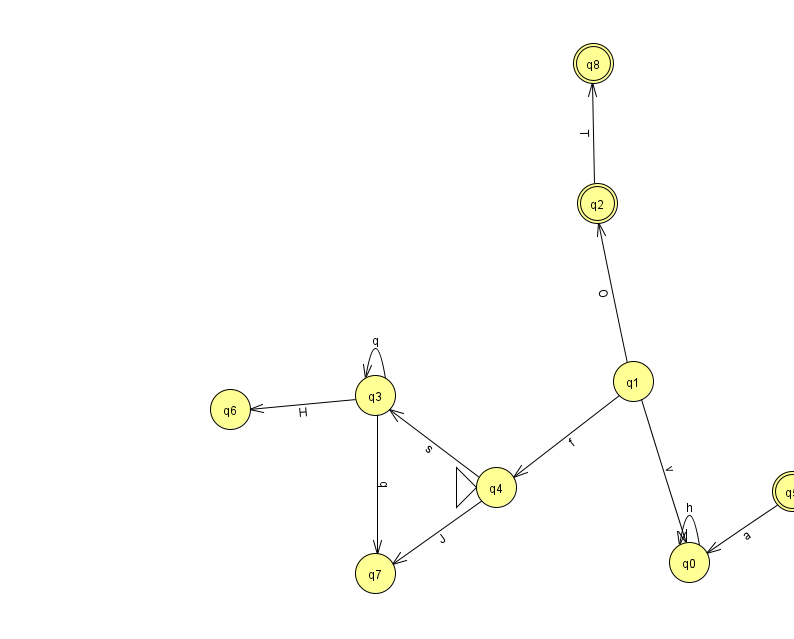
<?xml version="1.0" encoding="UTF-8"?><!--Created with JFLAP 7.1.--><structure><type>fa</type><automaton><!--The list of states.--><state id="0" name="q0"><x>689.0</x><y>549.0</y></state><state id="1" name="q1"><x>633.0</x><y>368.0</y></state><state id="2" name="q2"><x>597.0</x><y>190.0</y><final/></state><state id="3" name="q3"><x>375.0</x><y>382.0</y></state><state id="4" name="q4"><x>496.0</x><y>474.0</y><initial/></state><state id="5" name="q5"><x>792.0</x><y>478.0</y><final/></state><state id="6" name="q6"><x>230.0</x><y>396.0</y></state><state id="7" name="q7"><x>375.0</x><y>560.0</y></state><state id="8" name="q8"><x>593.0</x><y>50.0</y><final/></state><!--The list of transitions.--><transition><from>4</from><to>3</to><read>s</read></transition><transition><from>3</from><to>3</to><read>q</read></transition><transition><from>5</from><to>0</to><read>a</read></transition><transition><from>1</from><to>2</to><read>O</read></transition><transition><from>3</from><to>6</to><read>H</read></transition><transition><from>1</from><to>4</to><read>f</read></transition><transition><from>3</from><to>7</to><read>q</read></transition><transition><from>0</from><to>0</to><read>h</read></transition><transition><from>2</from><to>8</to><read>T</read></transition><transition><from>1</from><to>0</to><read>v</read></transition><transition><from>4</from><to>7</to><read>J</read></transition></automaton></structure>